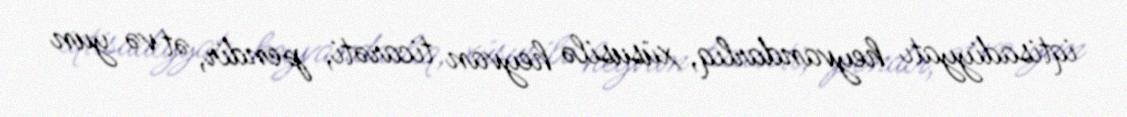
iqtisadiyyatı heyvandarlıq, xüsusilə heyvan ticarəti, pendir, ət və yun